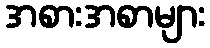
အစားအစာများ